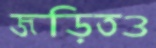
জড়িতও